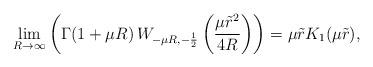
LaTeX: \begin{align*}\lim_{R \rightarrow \infty} \left(\Gamma(1+\mu R)\, W_{-\mu R,-\frac{1}{2}}\left(\frac{\mu \tilde{r}^2}{4R}\right)\right) = \mu \tilde{r} K_1(\mu\tilde{r}),\end{align*}